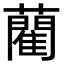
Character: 藺